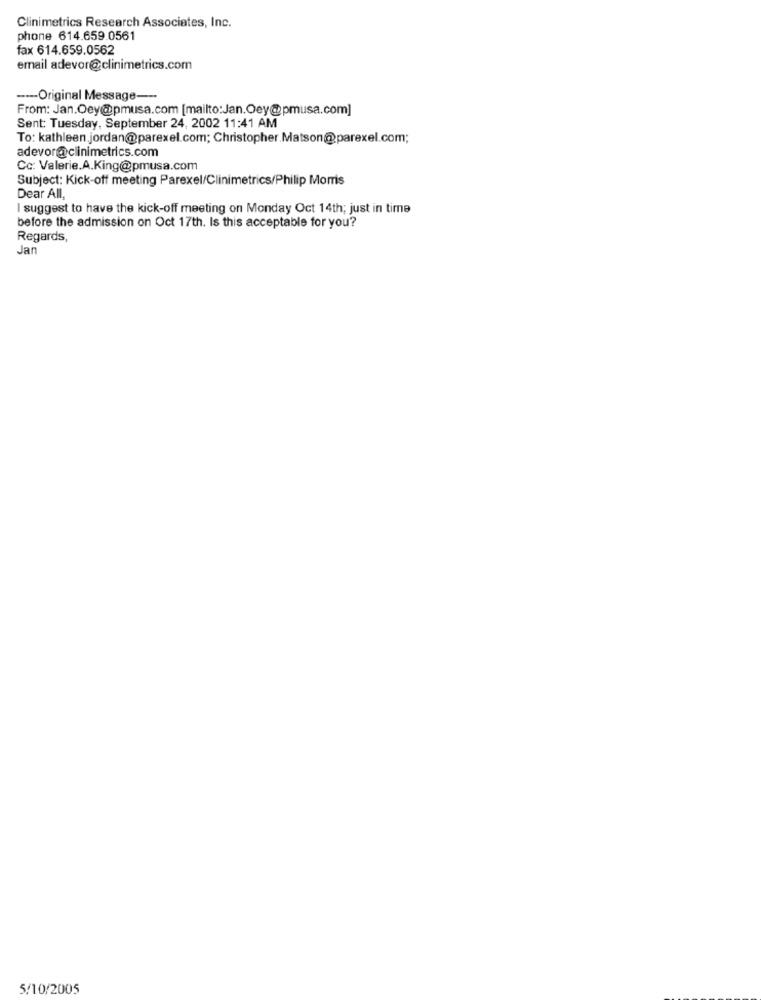
Clinimetrics Research Associates, Inc.
phone 614.659.0561
fax 614.659.0562
email adevor@clinimetrics.com
----- Original Message ---
From: Jan.Oey@pmusa.com [mailto:Jan.Oey@pmusa.com]
Sent: Tuesday, September 24, 2002 11:41 AM
To: kathleen.jordan@parexel.com; Christopher.Matson@parexel.com;
adevor@clinimetrics.com
Cc: Valerie.A.King@pmusa.com
Subject: Kick-off meeting Parexel/Clinimetrics/Philip Morris
Dear All,
I suggest to have the kick-off meeting on Monday Oct 14th; just in time
before the admission on Oct 17th. Is this acceptable for you?
Regards,
Jan
5/10/2005